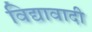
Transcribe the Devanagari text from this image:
विद्यावादी